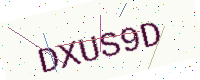
Text: DXUS9D